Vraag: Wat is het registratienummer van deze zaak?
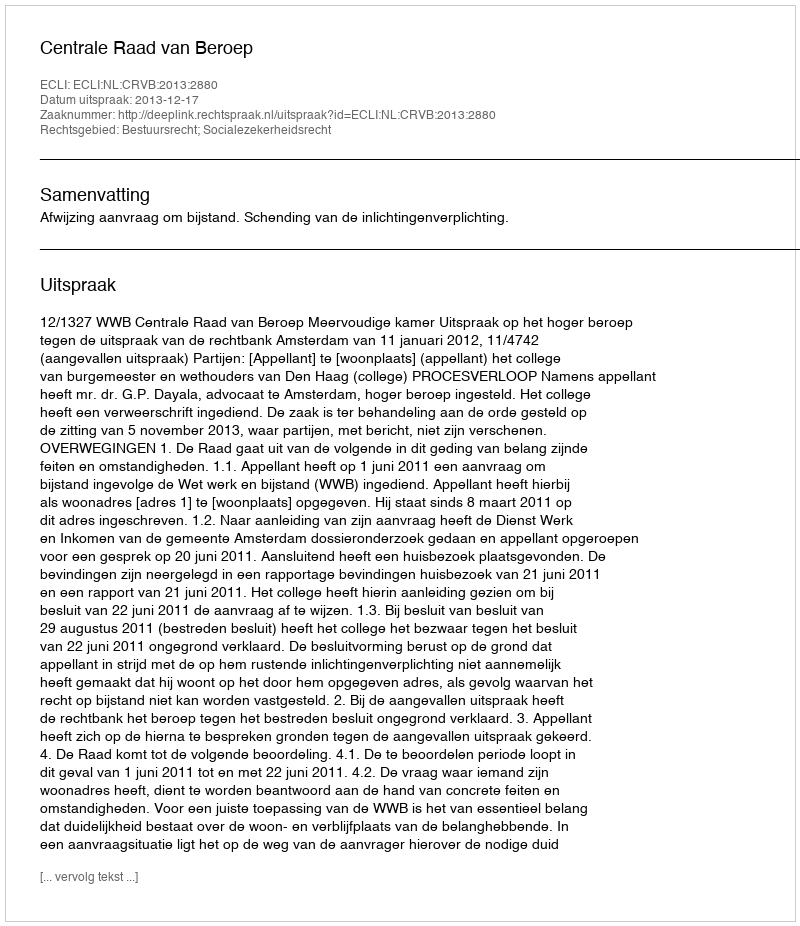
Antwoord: http://deeplink.rechtspraak.nl/uitspraak?id=ECLI:NL:CRVB:2013:2880